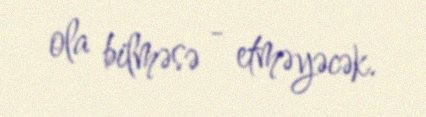
ola bilməsə - etməyəcək.